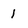
Character: 1